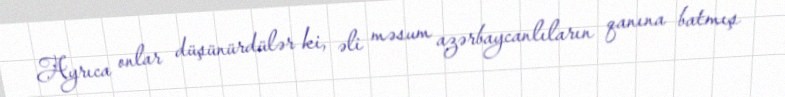
Ayrıca onlar düşünürdülər ki, əli məsum azərbaycanlıların qanına batmış